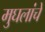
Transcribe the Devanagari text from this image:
मुघलांचे